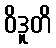
ဝိဒူတိ